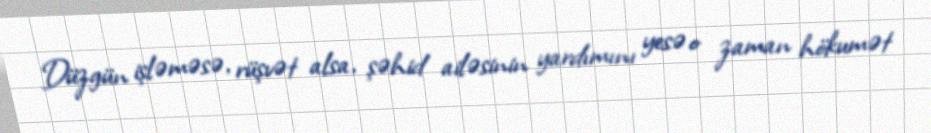
Düzgün işləməsə, rüşvət alsa, şəhid ailəsinin yardımını yesə o zaman hökumət